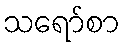
သရော်စာ